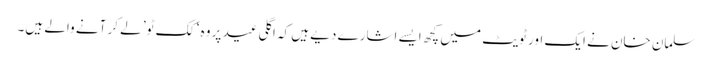
سلمان خان نے ایک اور ٹویٹ میں کچھ ایسے اشارے دیے ہیں کہ اگلی عید پر وہ ‘ کک ٹو’ لے کر آنے والے ہیں۔